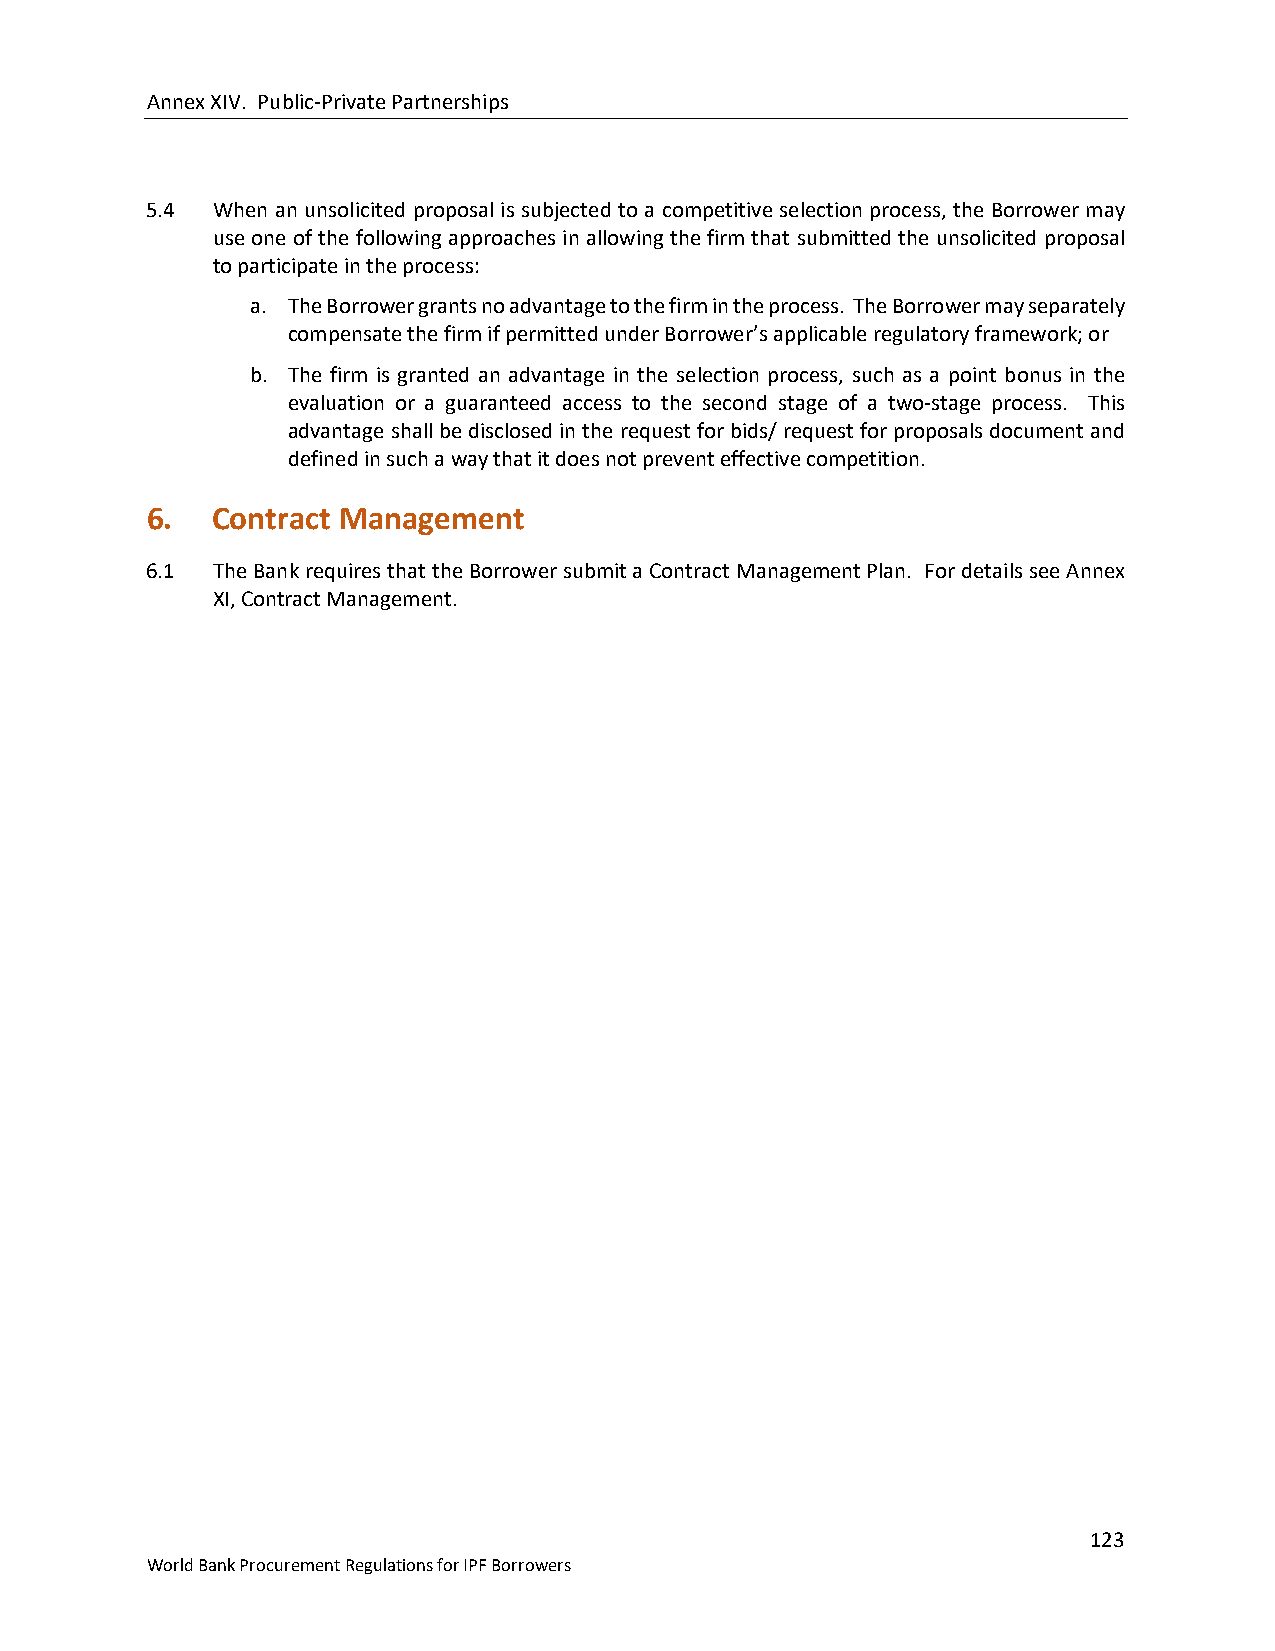
Annex XIV. Public-Private Partnerships
 5.4 When an unsolicited proposal is subjected to a competitive selection process, the Borrower may
 use one of the following approaches in allowing the firm that submitted the unsolicited proposal
 to participate in the process:
 a. The Borrower grants no advantage to the firm in the process. The Borrower may separately
 compensate the firm if permitted under Borrower’s applicable regulatory framework; or
 b. The firm is granted an advantage in the selection process, such as a point bonus in the
 evaluation or a guaranteed access to the second stage of a two-stage process. This
 advantage shall be disclosed in the request for bids/ request for proposals document and
 defined in such a way that it does not prevent effective competition.
 6.  Contract Management
 6.1 The Bank requires that the Borrower submit a Contract Management Plan. For details see Annex
 XI, Contract Management.
 123
 World Bank Procurement Regulations for IPF Borrowers